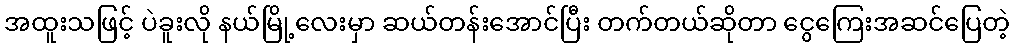
အထူးသဖြင့် ပဲခူးလို နယ်မြို့လေးမှာ ဆယ်တန်းအောင်ပြီး တက်တယ်ဆိုတာ ငွေကြေးအဆင်ပြေတဲ့